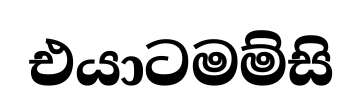
එයාටමම්සි